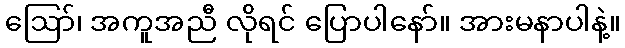
ဪ၊ အကူအညီ လိုရင် ပြောပါနော်။ အားမနာပါနဲ့။